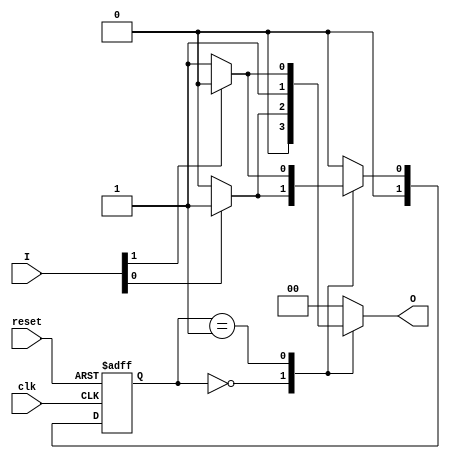
module MealyStateMachine #(
    parameter N = 2, // Number of bits for state representation
    parameter M = 2, // Number of states (2 states in this example)
    parameter K = 2  // Number of output bits
)(
    input wire clk,            // Clock signal
    input wire reset,          // Asynchronous reset
    input wire [N-1:0] I,      // N-bit input signals
    output reg [K-1:0] O       // K-bit output signals
);

    // State encoding
    localparam S0 = 2'b00; // State 0
    localparam S1 = 2'b01; // State 1

    // Current state and next state registers
    reg [N-1:0] current_state, next_state;

    // State transition logic (combinational)
    always @(*) begin
        case (current_state)
            S0: begin
                if (I[0]) begin
                    next_state = S1; // Transition to S1 if I0 is high
                    O = 2'b01;       // Output for S0
                end else begin
                    next_state = S0; // Stay in S0
                    O = 2'b00;       // Output for S0
                end
            end
            S1: begin
                if (I[1]) begin
                    next_state = S0; // Transition to S0 if I1 is high
                    O = 2'b10;       // Output for S1
                end else begin
                    next_state = S1; // Stay in S1
                    O = 2'b11;       // Output for S1
                end
            end
            default: begin
                next_state = S0; // Default state
                O = 2'b00;       // Default output
            end
        endcase
    end

    // State register (sequential)
    always @(posedge clk or posedge reset) begin
        if (reset) begin
            current_state <= S0; // Reset to initial state S0
        end else begin
            current_state <= next_state; // Update state on clock edge
        end
    end

endmodule